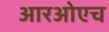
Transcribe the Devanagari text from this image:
आरओएच